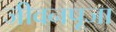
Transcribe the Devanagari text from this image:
जीवनपूजा